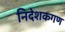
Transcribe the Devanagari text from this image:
निदेशकगण